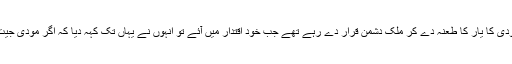
جو لوگ کل تک اپنے اوپر آنوں کو مودی کا یار کا طعنہ دے کر ملک دشمن قرار دے رہے تھے جب خود اقتدار میں آئے تو انہوں نے یہاں تک کہہ دیا کہ اگر مودی جیت گیا تو مسئلہ کشمیر حل ہوجائے گا ۔